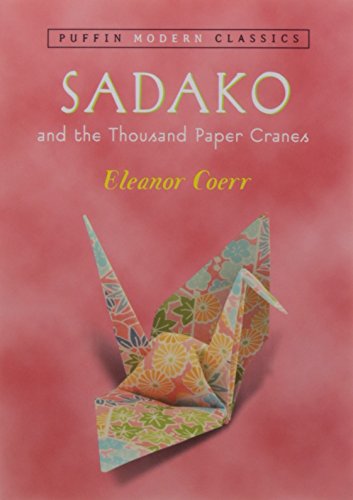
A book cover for Sadako and the Thousand Paper Cranes (Puffin Modern Classics); Eleanor Coerr; Children's Books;